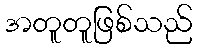
အတူတူဖြစ်သည်